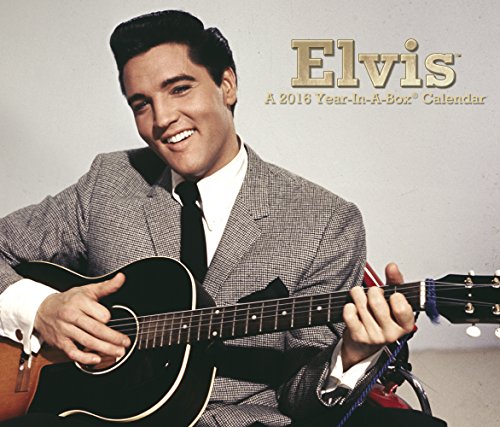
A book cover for Elvis Presley Year-In-A-Box Calendar (2016); Year-In-A-Box; Calendars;